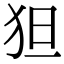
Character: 狚